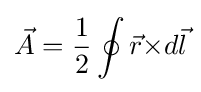
{\vec {A}}={\frac {1}{2}}\oint {{\vec {r}}\times }d{\vec {l}}